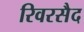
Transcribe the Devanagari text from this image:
रिवरसैद